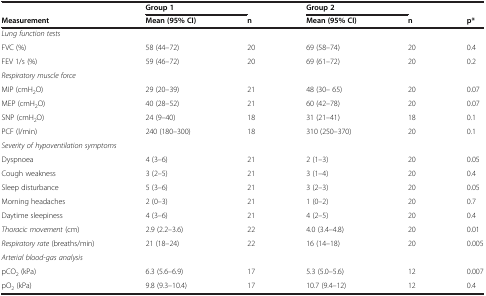
|  | Group 1 |  | Group 2 |  |  |
 | --- | --- | --- | --- | --- | --- |
 | Measurement | Mean (95% CI) | n | Mean (95% CI) | n | p* |
 | <COLSPAN=2> Lung function tests |  |  |  |  |
 | FVC (%) | 58 (44–72) | 20 | 69 (58–74) | 20 | 0.4 |
 | FEV 1/s (%) | 59 (46–72) | 20 | 69 (61–72) | 20 | 0.2 |
 | <COLSPAN=2> Respiratory muscle force |  |  |  |  |
 | MIP (cmH2O) | 29 (20–39) | 21 | 48 (30– 65) | 20 | 0.07 |
 | MEP (cmH2O) | 40 (28–52) | 21 | 60 (42–78) | 20 | 0.07 |
 | SNP (cmH2O) | 24 (9–40) | 18 | 31 (21–41) | 18 | 0.1 |
 | PCF (l/min) | 240 (180–300) | 18 | 310 (250–370) | 20 | 0.1 |
 | <COLSPAN=3> Severity of hypoventilation symptoms |  |  |  |
 | Dyspnoea | 4 (3–6) | 21 | 2 (1–3) | 20 | 0.05 |
 | Cough weakness | 3 (2–5) | 21 | 3 (1–4) | 20 | 0.4 |
 | Sleep disturbance | 5 (3–6) | 21 | 3 (2–3) | 20 | 0.05 |
 | Morning headaches | 2 (0–3) | 21 | 1 (0–2) | 20 | 0.7 |
 | Daytime sleepiness | 4 (3–6) | 21 | 4 (2–5) | 20 | 0.4 |
 | Thoracic movement (cm) | 2.9 (2.2–3.6) | 22 | 4.0 (3.4–4.8) | 20 | 0.01 |
 | Respiratory rate (breaths/min) | 21 (18–24) | 22 | 16 (14–18) | 20 | 0.005 |
 | <COLSPAN=2> Arterial blood-gas analysis |  |  |  |  |
 | pCO2 (kPa) | 6.3 (5.6–6.9) | 17 | 5.3 (5.0–5.6) | 12 | 0.007 |
 | pO2 (kPa) | 9.8 (9.3–10.4) | 17 | 10.7 (9.4–12) | 12 | 0.4 |